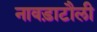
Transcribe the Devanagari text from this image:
नावड़ाटौली